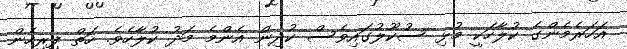
އަހަރެމެންގެ ކުލާހަކީ މުޅި ސުކޫލުގައިވެސް ކުދިން އެންމެ މަދު ކުލާހެވެ. ހަތް ފިރިހެން